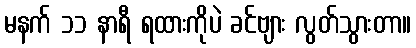
မနက် ၁၁ နာရီ ရထားကိုပဲ ခင်ဗျား လွတ်သွားတာ။